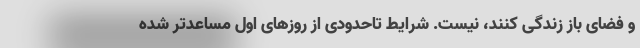
و فضای باز زندگی کنند، نیست. شرایط تاحدودی از روزهای اول مساعدتر شده